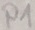
Text: P1